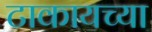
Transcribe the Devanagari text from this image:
टाकायच्या